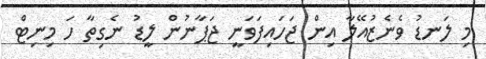
މި ލަނޑު ވެނެޒުއޭލާ އިން ޖަހައިފަވަނީ ޖަޕާނުން ލީޑު ނެގިތާ ހަ މިނިޓް